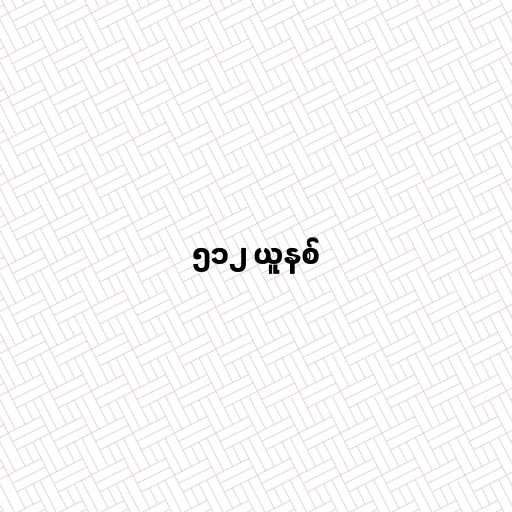
၅၁၂ ယူနစ်